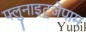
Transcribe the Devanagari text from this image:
फ्लुनाइट्रजेपाम